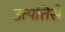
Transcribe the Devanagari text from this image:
उत्पत्तिसे